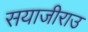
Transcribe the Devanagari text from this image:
सयाजीराउ